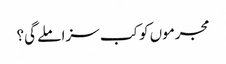
مجرموں کو کب سزا ملے گی؟